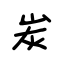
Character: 炭